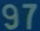
97